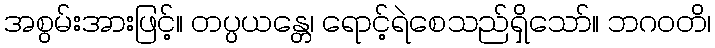
အစွမ်းအားဖြင့်။ တပ္ပယန္တေ၊ ရောင့်ရဲစေသည်ရှိသော်။ ဘဂဝတိ၊